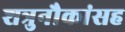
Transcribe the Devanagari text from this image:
शत्रुनौकांसह